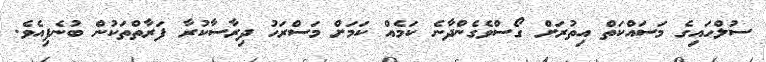
ސުލްހައިގެ މަސައްކަތް އިތުރަށް ގޯސްވެގެންދާނެ ކަމެއް ކަމަށް މަސްރަހު ދިރާސާކުރާ ފަރާތްތަކުން ބުނެފިއެވެ.